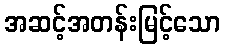
အဆင့်အတန်းမြင့်သော